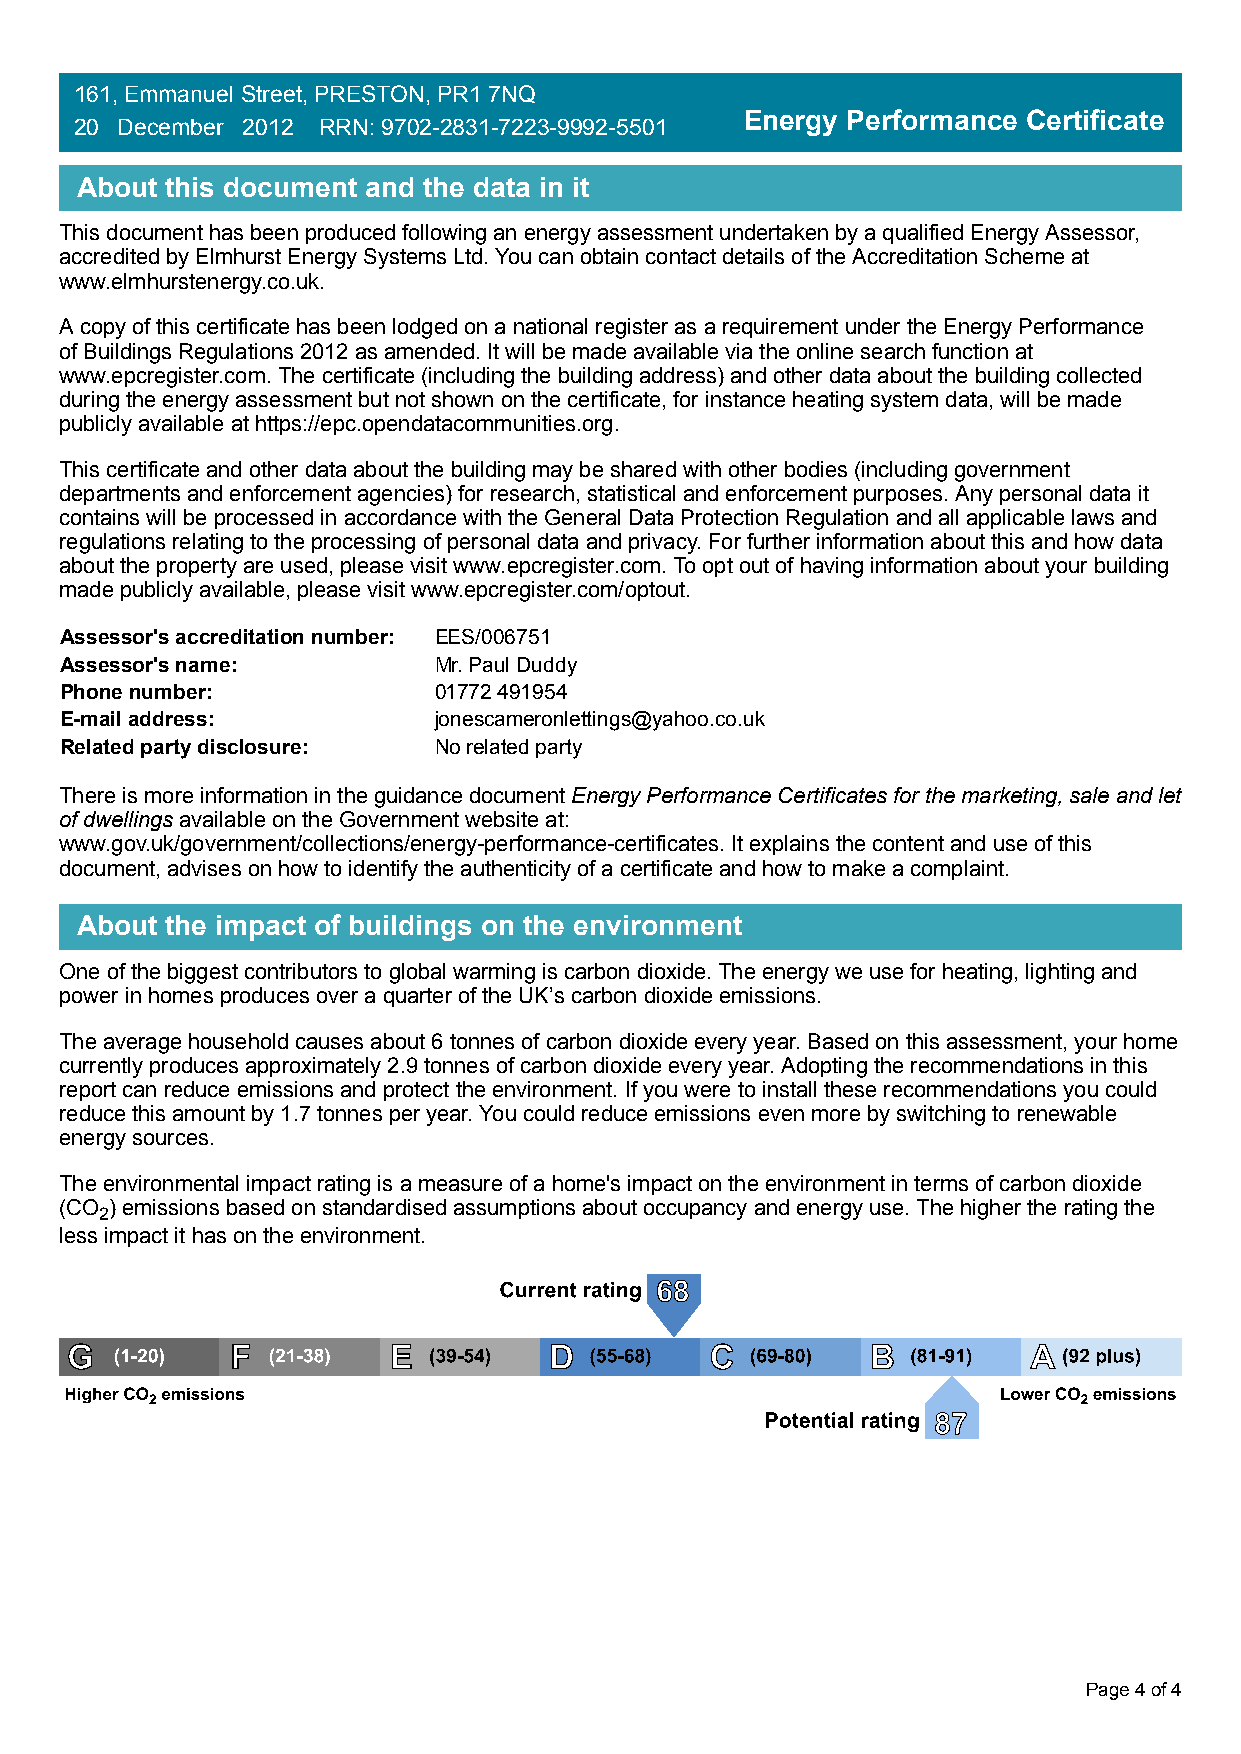
161, Emmanuel Street, PRESTON, PR1 7NQ
 Energy Performance Certificate
 20 December 2012 RRN: 9702-2831-7223-9992-5501
 About this document and the data in it
 This document has been produced following an energy assessment undertaken by a qualified Energy Assessor,
 accredited by Elmhurst Energy Systems Ltd. You can obtain contact details of the Accreditation Scheme at
 www.elmhurstenergy.co.uk.
 A copy of this certificate has been lodged on a national register as a requirement under the Energy Performance
 of Buildings Regulations 2012 as amended. It will be made available via the online search function at
 www.epcregister.com. The certificate (including the building address) and other data about the building collected
 during the energy assessment but not shown on the certificate, for instance heating system data, will be made
 publicly available at https://epc.opendatacommunities.org.
 This certificate and other data about the building may be shared with other bodies (including government
 departments and enforcement agencies) for research, statistical and enforcement purposes. Any personal data it
 contains will be processed in accordance with the General Data Protection Regulation and all applicable laws and
 regulations relating to the processing of personal data and privacy. For further information about this and how data
 about the property are used, please visit www.epcregister.com. To opt out of having information about your building
 made publicly available, please visit www.epcregister.com/optout.
 Assessor's accreditation number: EES/006751
 Assessor's name:         Mr. Paul Duddy
 Phone number:            01772 491954
 E-mail address:          jonescameronlettings@yahoo.co.uk
 Related party disclosure: No related party
 There is more information in the guidance document Energy Performance Certificates for the marketing, sale and let
 of dwellings available on the Government website at:
 www.gov.uk/government/collections/energy-performance-certificates. It explains the content and use of this
 document, advises on how to identify the authenticity of a certificate and how to make a complaint.
 About the impact of buildings on the environment
 One of the biggest contributors to global warming is carbon dioxide. The energy we use for heating, lighting and
 power in homes produces over a quarter of the UK’s carbon dioxide emissions.
 The average household causes about 6 tonnes of carbon dioxide every year. Based on this assessment, your home
 currently produces approximately 2.9 tonnes of carbon dioxide every year. Adopting the recommendations in this
 report can reduce emissions and protect the environment. If you were to install these recommendations you could
 reduce this amount by 1.7 tonnes per year. You could reduce emissions even more by switching to renewable
 energy sources.
 The environmental impact rating is a measure of a home's impact on the environment in terms of carbon dioxide
 (CO ) emissions based on standardised assumptions about occupancy and energy use. The higher the rating the
 2
 less impact it has on the environment.
 Page 4 of 4